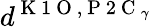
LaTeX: d^{\mathrm{~K~1~O~},\mathrm{~P~2~C~}_{\gamma}}